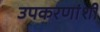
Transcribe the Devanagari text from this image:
उपकरणांशी